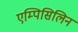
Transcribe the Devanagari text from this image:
एम्पिसिलिन